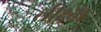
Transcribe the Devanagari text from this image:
तीक्ष्म